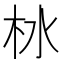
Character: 𪱹